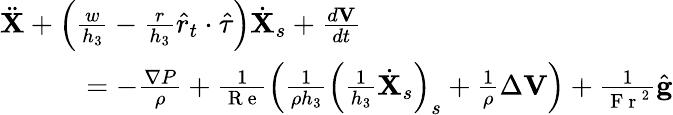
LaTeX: \begin{array}{r}{\ddot{\mathbf{X}}+\left(\frac{w}{h_{3}}-\frac{r}{h_{3}}\hat{r}_{t}\cdot\hat{\tau}\right)\dot{\mathbf{X}}_{s}+\frac{d\mathbf{V}}{dt}\quad\quad\quad\quad\quad\quad\quad\quad\quad\quad\quad}\\ {=-\frac{\mathbf{\nabla}P}{\rho}+\frac{1}{\mathrm{~R~e~}}\left(\frac{1}{\rho h_{3}}\left(\frac{1}{h_{3}}\dot{\mathbf{X}}_{s}\right)_{s}+\frac{1}{\rho}\Delta\mathbf{V}\right)+\frac{1}{\mathrm{~F~r~}^{2}}\hat{\mathbf{g}}}\end{array}